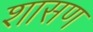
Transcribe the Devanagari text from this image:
शासण